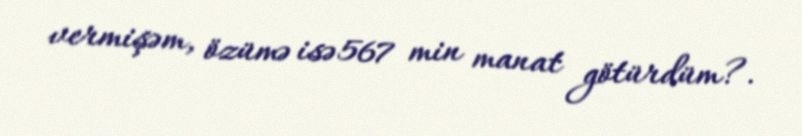
vermişəm, özümə isə 567 min manat götürdüm?.